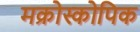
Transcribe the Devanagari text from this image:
मक्रोस्कोपिक